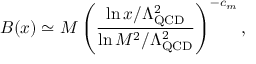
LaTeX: B ( x ) \simeq M \left( \frac { \ln x / \Lambda _ { \mathrm { Q C D } } ^ { 2 } } { \ln M ^ { 2 } / \Lambda _ { \mathrm { Q C D } } ^ { 2 } } \right) ^ { - c _ { m } } ,